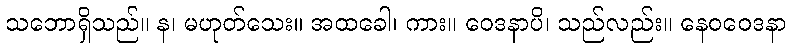
သဘောရှိသည်။ န၊ မဟုတ်သေး။ အထခေါ၊ ကား။ ဝေဒနာပိ၊ သည်လည်း။ နေဝဝေဒနာ